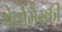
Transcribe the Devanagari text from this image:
पेर्वोमैस्की